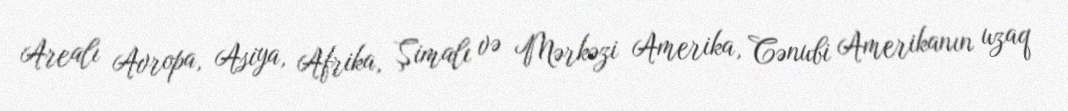
Arealı Avropa, Asiya, Afrika, Şimalı və Mərkəzi Amerika, Cənubi Amerikanın uzaq